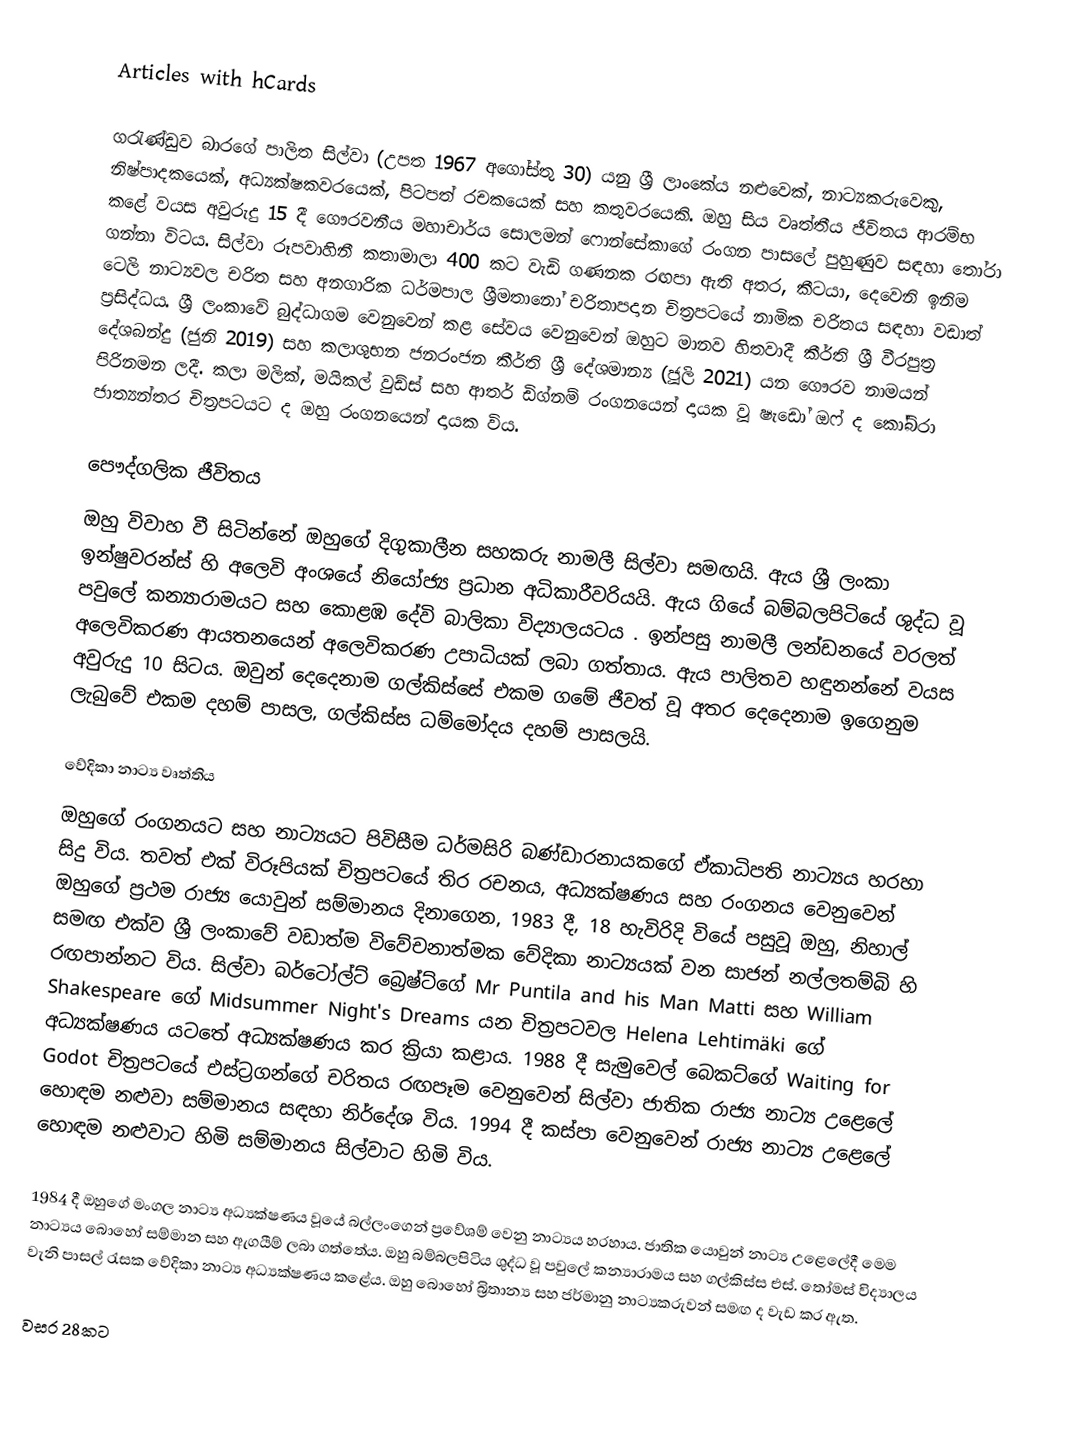
Articles with hCards

ගරැණ්ඩුව බාරගේ පාලිත සිල්වා (උපත 1967 අගෝස්තු 30) යනු ශ්‍රී ලාංකේය නළුවෙක්, නාට්‍යකරුවෙකු, නිෂ්පාදකයෙක්, අධ්‍යක්ෂකවරයෙක්, පිටපත් රචකයෙක් සහ කතුවරයෙකි. ඔහු සිය වෘත්තීය ජීවිතය ආරම්භ කළේ වයස අවුරුදු 15 දී ගෞරවනීය මහාචාර්ය සොලමන් ෆොන්සේකාගේ රංගන පාසලේ පුහුණුව සඳහා තෝරා ගන්නා විටය. සිල්වා රූපවාහිනී කතාමාලා 400 කට වැඩි ගණනක රඟපා ඇති අතර, කීටයා, දෙවෙනි ඉනිම ටෙලි නාට්‍යවල චරිත සහ අනගාරික ධර්මපාල ශ්‍රීමතානෝ චරිතාපදාන චිත්‍රපටයේ නාමික චරිතය සඳහා වඩාත් ප්‍රසිද්ධය. ශ්‍රී ලංකාවේ බුද්ධාගම වෙනුවෙන් කළ සේවය වෙනුවෙන් ඔහුට මානව හිතවාදී කීර්ති ශ්‍රී වීරපුත්‍ර දේශබන්දු (ජුනි 2019) සහ කලාශුභන ජනරංජන කීර්ති ශ්‍රී දේශමාන්‍ය (ජූලි 2021) යන ගෞරව නාමයන් පිරිනමන ලදී. කලා මලික්, මයිකල් වුඩ්ස් සහ ආතර් ඩිග්නම් රංගනයෙන් දායක වූ ෂැඩෝ ඔෆ් ද කෝබ්රා ජාත්‍යන්තර චිත්‍රපටයට ද ඔහු රංගනයෙන් දායක විය.

පෞද්ගලික ජීවිතය
ඔහු විවාහ වී සිටින්නේ ඔහුගේ දිගුකාලීන සහකරු නාමලී සිල්වා සමඟයි. ඇය ශ්‍රී ලංකා ඉන්ෂුවරන්ස් හි අලෙවි අංශයේ නියෝජ්‍ය ප්‍රධාන අධිකාරීවරියයි. ඇය ගියේ බම්බලපිටියේ ශුද්ධ වූ පවුලේ කන්‍යාරාමයට සහ කොළඹ දේවි බාලිකා විද්‍යාලයටය . ඉන්පසු නාමලී ලන්ඩනයේ වරලත් අලෙවිකරණ ආයතනයෙන් අලෙවිකරණ උපාධියක් ලබා ගත්තාය. ඇය පාලිතව හඳුනන්නේ වයස අවුරුදු 10 සිටය. ඔවුන් දෙදෙනාම ගල්කිස්සේ එකම ගමේ ජීවත් වූ අතර දෙදෙනාම ඉගෙනුම ලැබුවේ එකම දහම් පාසල, ගල්කිස්ස ධම්මෝදය දහම් පාසලයි.

වේදිකා නාට්‍ය වෘත්තිය
ඔහුගේ රංගනයට සහ නාට්‍යයට පිවිසීම ධර්මසිරි බණ්ඩාරනායකගේ ඒකාධිපති නාට්‍යය හරහා සිදු විය. තවත් එක් විරූපියක් චිත්‍රපටයේ තිර රචනය, අධ්‍යක්ෂණය සහ රංගනය වෙනුවෙන් ඔහුගේ ප්‍රථම රාජ්‍ය යොවුන් සම්මානය දිනාගෙන, 1983 දී, 18 හැවිරිදි වියේ පසුවූ ඔහු, නිහාල් සමඟ එක්ව ශ්‍රී ලංකාවේ වඩාත්ම විවේචනාත්මක වේදිකා නාට්‍යයක් වන සාජන් නල්ලතම්බි හි රඟපාන්නට විය. සිල්වා බර්ටෝල්ට් බ්‍රෙෂ්ට්ගේ Mr Puntila and his Man Matti සහ William Shakespeare ගේ Midsummer Night's Dreams යන චිත්‍රපටවල Helena Lehtimäki ගේ අධ්‍යක්ෂණය යටතේ අධ්‍යක්ෂණය කර ක්‍රියා කළාය. 1988 දී සැමුවෙල් බෙකට්ගේ Waiting for Godot චිත්‍රපටයේ එස්ට්‍රගන්ගේ චරිතය රඟපෑම වෙනුවෙන් සිල්වා ජාතික රාජ්‍ය නාට්‍ය උළෙලේ හොඳම නළුවා සම්මානය සඳහා නිර්දේශ විය. 1994 දී කස්පා වෙනුවෙන් රාජ්‍ය නාට්‍ය උළෙලේ හොඳම නළුවාට හිමි සම්මානය සිල්වාට හිමි විය.

1984 දී ඔහුගේ මංගල නාට්‍ය අධ්‍යක්ෂණය වූයේ බල්ලංගෙන් ප්‍රවේශම් වෙනු නාට්‍යය හරහාය. ජාතික යොවුන් නාට්‍ය උළෙලේදී මෙම නාට්‍යය බොහෝ සම්මාන සහ ඇගයීම් ලබා ගත්තේය. ඔහු බම්බලපිටිය ශුද්ධ වූ පවුලේ කන්‍යාරාමය සහ ගල්කිස්ස එස්. තෝමස් විද්‍යාලය වැනි පාසල් රැසක වේදිකා නාට්‍ය අධ්‍යක්ෂණය කළේය. ඔහු බොහෝ බ්‍රිතාන්‍ය සහ ජර්මානු නාට්‍යකරුවන් සමඟ ද වැඩ කර ඇත.

වසර 28කට